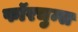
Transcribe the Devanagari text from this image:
फॉरचुन्स